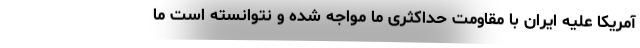
آمریکا علیه ایران با مقاومت حداکثری ما مواجه شده و نتوانسته است ما